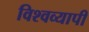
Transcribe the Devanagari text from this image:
विश्‍वव्‍यापी